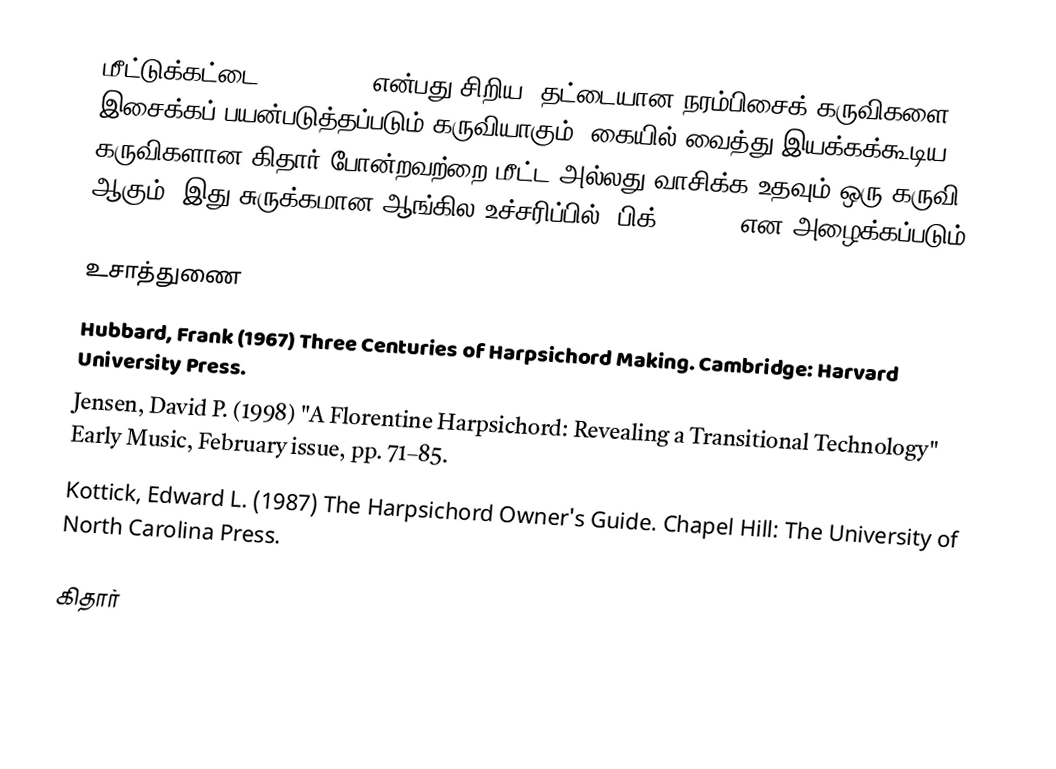
மீட்டுக்கட்டை (Plectrum) என்பது சிறிய, தட்டையான நரம்பிசைக் கருவிகளை இசைக்கப் பயன்படுத்தப்படும் கருவியாகும். கையில் வைத்து இயக்கக்கூடிய கருவிகளான கிதார் போன்றவற்றை மீட்ட அல்லது வாசிக்க உதவும் ஒரு கருவி ஆகும். இது சுருக்கமான ஆங்கில உச்சரிப்பில் "பிக்" (pick) என அழைக்கப்படும்.

உசாத்துணை
Hubbard, Frank (1967) Three Centuries of Harpsichord Making.  Cambridge:  Harvard University Press.
Jensen, David P. (1998) "A Florentine Harpsichord: Revealing a Transitional Technology" Early Music, February issue, pp. 71–85.
Kottick, Edward L. (1987) The Harpsichord Owner's Guide.  Chapel Hill: The University of North Carolina Press.

கிதார்